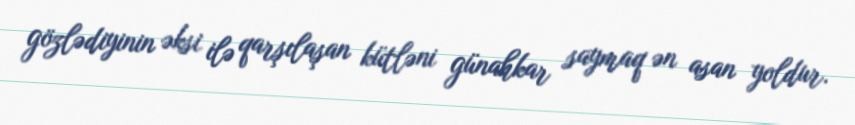
gözlədiyinin əksi ilə qarşılaşan kütləni günahkar saymaq ən asan yoldur.